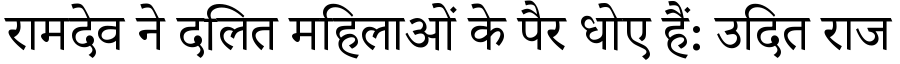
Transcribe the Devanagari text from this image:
रामदेव ने दलित महिलाओं के पैर धोए हैं: उदित राज